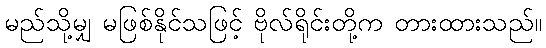
မည်သို့မျှ မဖြစ်နိုင်သဖြင့် ဗိုလ်ရိုင်းတို့က တားထားသည်။